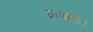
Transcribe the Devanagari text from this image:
घ्राणयोः।